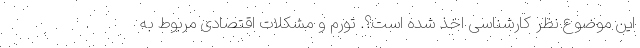
این موضوع نظر کارشناسی اخذ شده است؟. تورم و مشکلات اقتصادی مربوط به